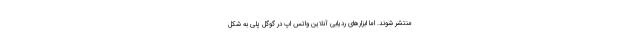
منتشر شوند. اما ابزارهای ردیابی آنلاین واتس اپ در گوگل پلی به شکل